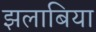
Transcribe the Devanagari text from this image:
झलाबिया